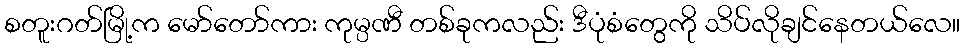
စတူးဂတ်မြို့က မော်တော်ကား ကုမ္ပဏီ တစ်ခုကလည်း ဒီပုံစံတွေကို သိပ်လိုချင်နေတယ်လေ။